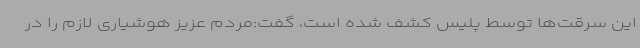
این سرقت‌ها توسط پلیس کشف شده است، گفت:مردم عزیز هوشیاری لازم را در